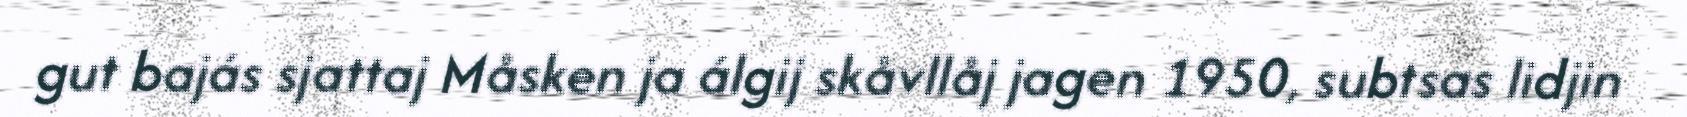
gut bajás sjattaj Måsken ja álgij skåvllåj jagen 1950, subtsas lidjin